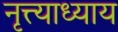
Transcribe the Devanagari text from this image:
नृत्त्याध्याय